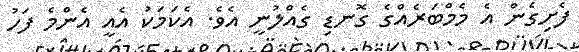
ފެށިގެން އެ މެމްބަރެއްގެ ގޮނޑި ގެއްލުނީ އެވެ. އެކަމަކު އެއީ އެންމެ ފަހު